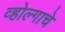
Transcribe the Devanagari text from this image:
व्होल्गाचे